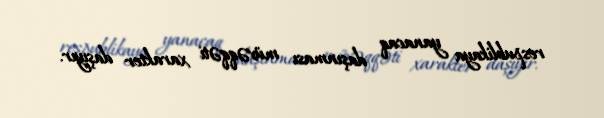
respublikaya yanacaq daşınması müvəqqəti xarakter daşıyır.